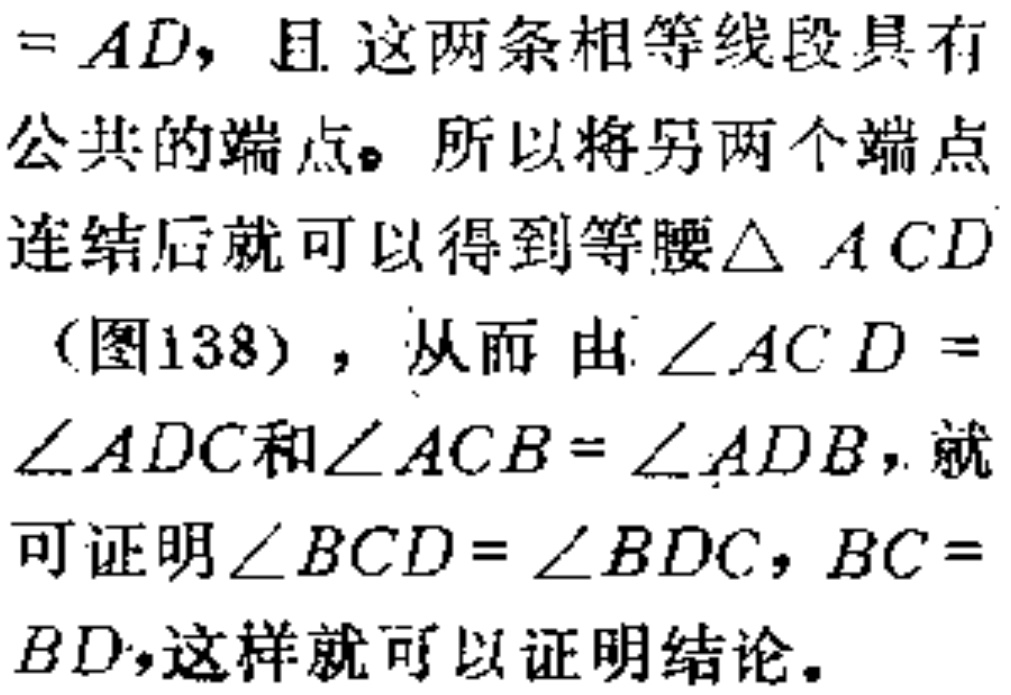
$=AD$，且这两条相等线段具有公共的端点。所以将另两个端点连结后就可以得到等腰$\triangle ACD$（图138），从而由$\angle ACD = \angle ADC$和$\angle ACB = \angle ADB$，就可证明$\angle BCD=\angle BDC$，$BC = BD$，这样就可以证明结论。